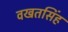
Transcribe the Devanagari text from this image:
वखतसिंह